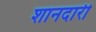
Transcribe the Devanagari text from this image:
शानदारी